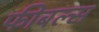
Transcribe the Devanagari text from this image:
फीबल्स